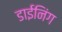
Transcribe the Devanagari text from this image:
डाईनिंग